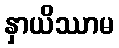
နှာယိဿာမ